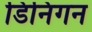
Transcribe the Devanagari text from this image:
डिनिगन